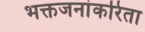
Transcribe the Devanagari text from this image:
भक्तजनांकरिता